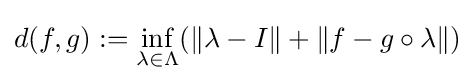
d(f,g):=\inf _{\lambda \in \Lambda }(\|\lambda -I\|+\|f-g\circ \lambda \|)